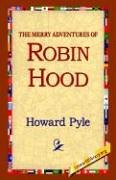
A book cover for The Merry Adventures of Robin Hood; Howard Pyle; Literature & Fiction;